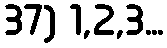
37) 1,2,3...